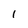
Character: 1